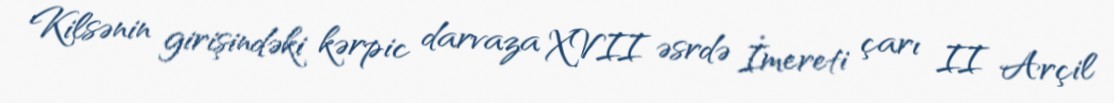
Kilsənin girişindəki kərpic darvaza XVII əsrdə İmereti çarı II Arçil